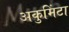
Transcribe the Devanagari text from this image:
अकुमिंटा